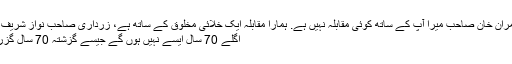
پی ٹی آئی تو کوئی چیز ہی نہیں ہے. عمران خان صاحب میرا آپ کے ساتھ کوئی مقابلہ نہیں ہے. ہمارا مقابلہ ایک خلائی مخلوق کے ساتھ ہے، زرداری صاحب نواز شریف کا آپ کے ساتھ بھی کوئی مقابلہ نہیں ،
اگلے 70 سال ایسے نہیں ہوں گے جیسے گزشتہ 70 سال گزرے ہیں. کراچی میں کون امن لےکرآیا ؟